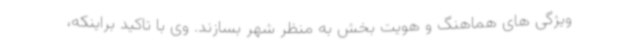
ویژگی های هماهنگ و هویت بخش به منظر شهر بسازند. وی با تاکید براینکه،